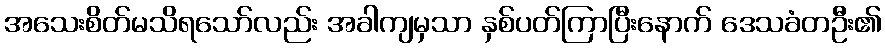
အသေးစိတ်မသိရသော်လည်း အခါကျမှသာ နှစ်ပတ်ကြာပြီးနောက် ဒေသခံတဦး၏